Civil Veterinary Department Bengal reports 1923-33 - 1923-1933
Year: 1923
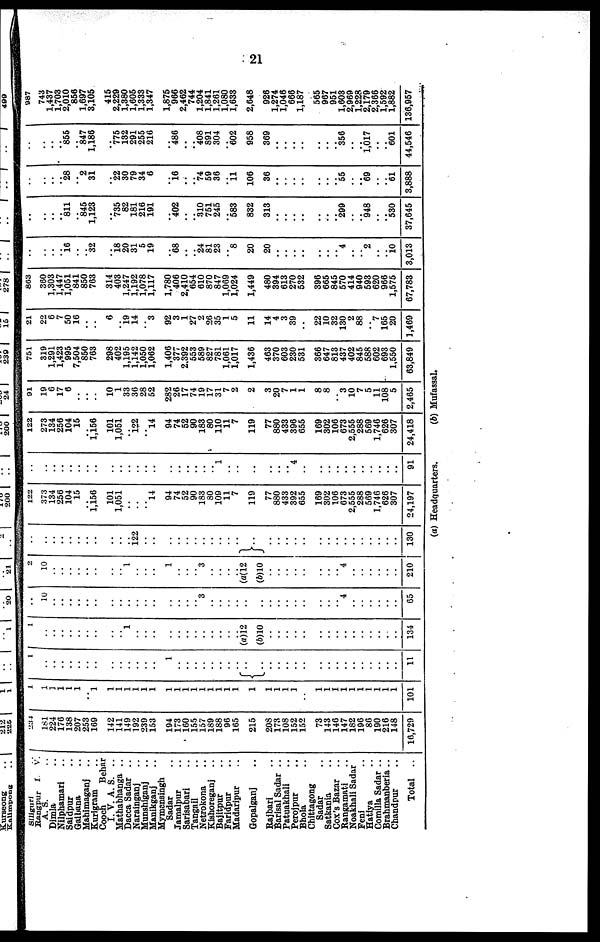
21
Siliguri ..
Rangpur I V.
A. S. ..
Dimla ..
Nilphamari ..
Saidpur ..
Gaibana ..
Mahimaganj ..
Kurigram ..
Cooch
Behar
I. V. A. S. ..
Mathabhanga ..
Dacca Sadar ..
Narainganj ..
Munshiganj ..
Manikganj ..
Mymensingh Sadar
Jamalpur ..
Sarisabari ..
Tangail ..
Netrokona ..
Kishoreganj ..
Bajitpur ..
Faridpur ..
Madaripur ..
Gopalganj ..
Rajbari ..
Barisal Sadar ..
Patuakhali ..
Perojpur ..
Bhola ..
Chittagong
Sadar
Satkania ..
Cox's Bazar
..
Rangamati ..
Noakhali Sadar
Feni ..
Hatiya ..
Comilla Sadar ..
Brahmanberia..
Chandpur ..
Total ..
234
181
224
176
138
207
253
169
142
141
149
192
239
153
194
173
100
155
157
189
188
96
165
215
208
173
108
152
152
73
143
146
147
182
196
86
190
216
148
16,729
1
1
1
1
1
1
..
1
1
1
1
1
1
1
1
1
1
1
1
1
1
1
1
1
1
1
1
1
1
1
1
1
1
1
1
1
1
1
1
101
1
..
..
..
..
..
..
..
..
..
..
..
..
..
1
..
..
..
..
..
..
..
..
..
..
..
..
..
..
..
..
..
..
..
..
..
..
..
..
..
11
1
..
..
..
..
..
..
..
..
.. 1
..
..
..
..
..
..
..
..
..
..
..
.. (a) 12
(b)10
..
..
..
..
..
..
..
..
..
..
..
..
..
..
..
134
10
..
..
..
..
..
..
..
..
..
..
..
..
..
..
..
.. 3
..
..
..
..
..
..
..
..
..
..
..
..
..
.. 4
..
..
..
..
..
..
65
2
10
..
..
..
..
..
..
..
.. 1
..
..
..
1
..
..
.. 3
..
..
..
.. (a) 12
(b)10
..
..
..
..
..
..
..
.. 4
..
..
..
..
..
..
210
..
..
..
..
..
..
..
..
..
.. i22
..
..
..
..
..
..
..
..
..
..
..
..
..
..
..
..
..
..
..
..
..
..
..
..
..
..
..
130
122
373
134
256
104
15
.. 1,156
101
1,051
..
..
.. 14
94
74
52
90
183
80
109
11
7
119
77
880
433
392
655
169
302
106
673
2,555
288
569
1,746
626
307
24,197
..
..
..
..
..
..
..
..
..
..
..
..
..
..
..
..
..
..
.. 1
..
..
..
..
..
.. 4
..
..
..
..
..
..
..
..
..
..
..
91
122
273
134
256
104
15
.. 1,156
101
1,051
.. 122
.. 14
94
74
52
90
183
80
110
11
7
119
77
880
433
396
655
169
302
106
673
2,555
288
569
1,746
626
307
24,418
01
19
6
17
6
..
..
..
10
1
33
36
28
52
282
26
17
74
19
17
31
7
2
2
3
20
7
1
1
8
8
.. 3
10
7
5
11
108
5
2,465
751
319
1,291
1,423
995
7,504
850
763
298
402
1,195
1,142
1,050
1,062
1,406
377
2,392
553
589
827
781
1,061
1,017
1,436
463
370
603
230
531
366
647
813
437
402
845
588
602
693
1,550
63,849
21
22
6
7
50
16
..
..
6
.. 19
14
.. 3
92
3
1
27
2
26
35
1
5
11
14
4
3
39
..
22
10
32
130
2
88
.. 7
165
20
1,469
863
360
1,303
1,447
1,051
841
850
763
314
403
1,247
1,192
1,078
1,117
1,780
406
2,410
654
610
870
847
1,069
1,024
1,449
480
394
613
270
532
396
665
845
570
414
940
593
620
966
1,575
67,783
..
..
.. 16
..
.. 32
.. 18 20
31
5
19
.. 68
..
.. 24
81
23
.. 8
20
20
.. ..
.. ..
..
..
.. 4
..
.. 2
..
.. 10
3,013
..
..
.. 811
.. 845
1,123
.. 735
82
181
216
191
.. 402
..
.. 310
751
245
.. 583
832
313
..
..
..
..
..
..
.. 299
..
.. 948
..
.. 530
37,645
..
..
.. 28
.. 2
31
.. 22
30
79
34
6
.. 16
..
.. 74
59
36
.. 11
106
36
..
..
..
..
..
..
.. 55
..
.. 69
..
.. 61
3,888
..
..
.. 855
.. 847
1,186
.. 775
132
291
255
216
.. 486
..
.. 408
891
304
.. 602
958
369
..
..
..
..
..
..
.. 356
..
.. 1,017
..
.. 601
44,546
987
743
1,437
1,703
2,010
856
1,697
3,105
415
2,229
1,380
1,605
1,333
1,347
1,875
966
2,462
744
1,204
1,841
1,261
1,080
1,633
2,648
926
1,274
1,046
666
1,187
565
967
951
1,608
2,969
1,228
2,179
2,366
1,592
1,882
136,957
(a) Headquarters.
(b) Mufassal.